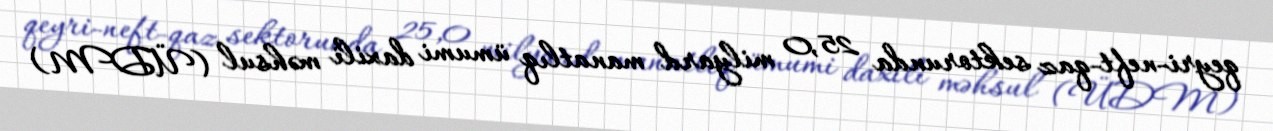
qeyri-neft-qaz sektorunda 25,0 milyard manatlıq ümumi daxili məhsul (ÜDM)